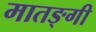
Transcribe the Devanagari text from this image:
मातङ्गी